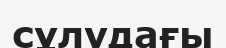
сұлудағы